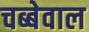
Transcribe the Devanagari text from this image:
चब्बेवाल